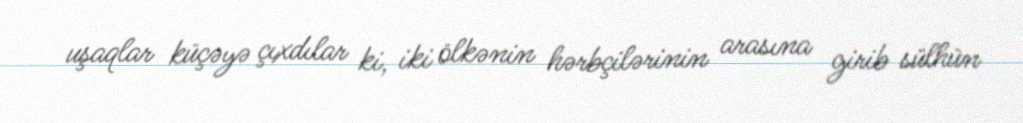
uşaqlar küçəyə çıxdılar ki, iki ölkənin hərbçilərinin arasına girib sülhün